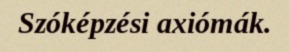
Szóképzési axiómák.